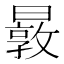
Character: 𰖬